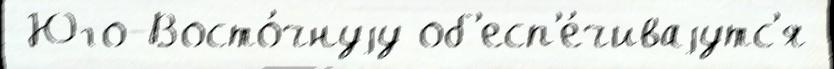
 Юго-Восто́чнуjу об'есп'е́чиваjутс'я